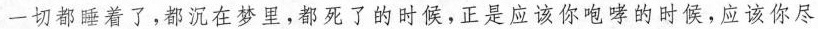
一切都睡着了，都沉在梦里，都死了的时候，正是应该你咆哮的时候，应该你尽